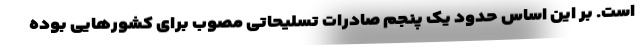
است. بر این اساس حدود یک پنجم صادرات تسلیحاتی مصوب برای کشورهایی بوده